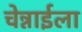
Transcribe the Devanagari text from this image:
चेन्नाईला